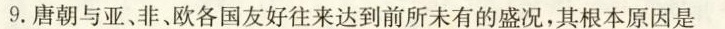
9.唐朝与亚、非、欧各国友好往来达到前所未有的盛况，其根本原因是